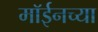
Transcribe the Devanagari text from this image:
मॉईनच्या